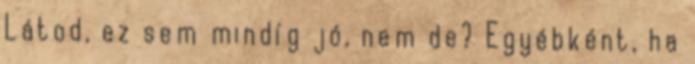
Látod, ez sem mindíg jó, nem de? Egyébként, ha